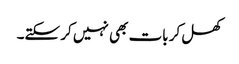
کھل کر بات بھی نہیں کر سکتے۔